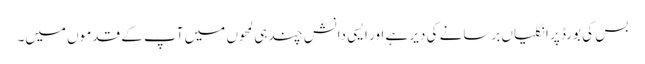
بس کی بورڈ پر انگلیاں برسانے کی دیر ہے اور ایسی دانش چند ہی لمحوں میں‌ آپ کے قدموں میں۔